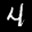
Label: 4